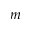
m